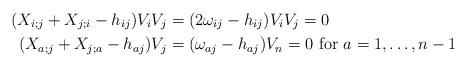
LaTeX: \begin{align*}(X_{i;j} + X_{j;i} -h_{ij} )V_iV_j &= (2\omega_{ij}- h_{ij} )V_iV_j = 0 \\(X_{a; j} + X_{j;a} - h_{aj} )V_j &= (\omega_{aj} -h_{aj})V_n=0 \mbox{ for $a = 1, \dots, n-1$}\end{align*}